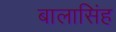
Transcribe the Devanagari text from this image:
बालासिंह